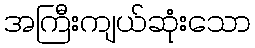
အကြီးကျယ်ဆုံးသော